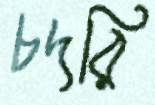
চদরি